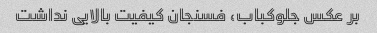
بر عکس جلوکباب، فسنجان کیفیت بالایی نداشت